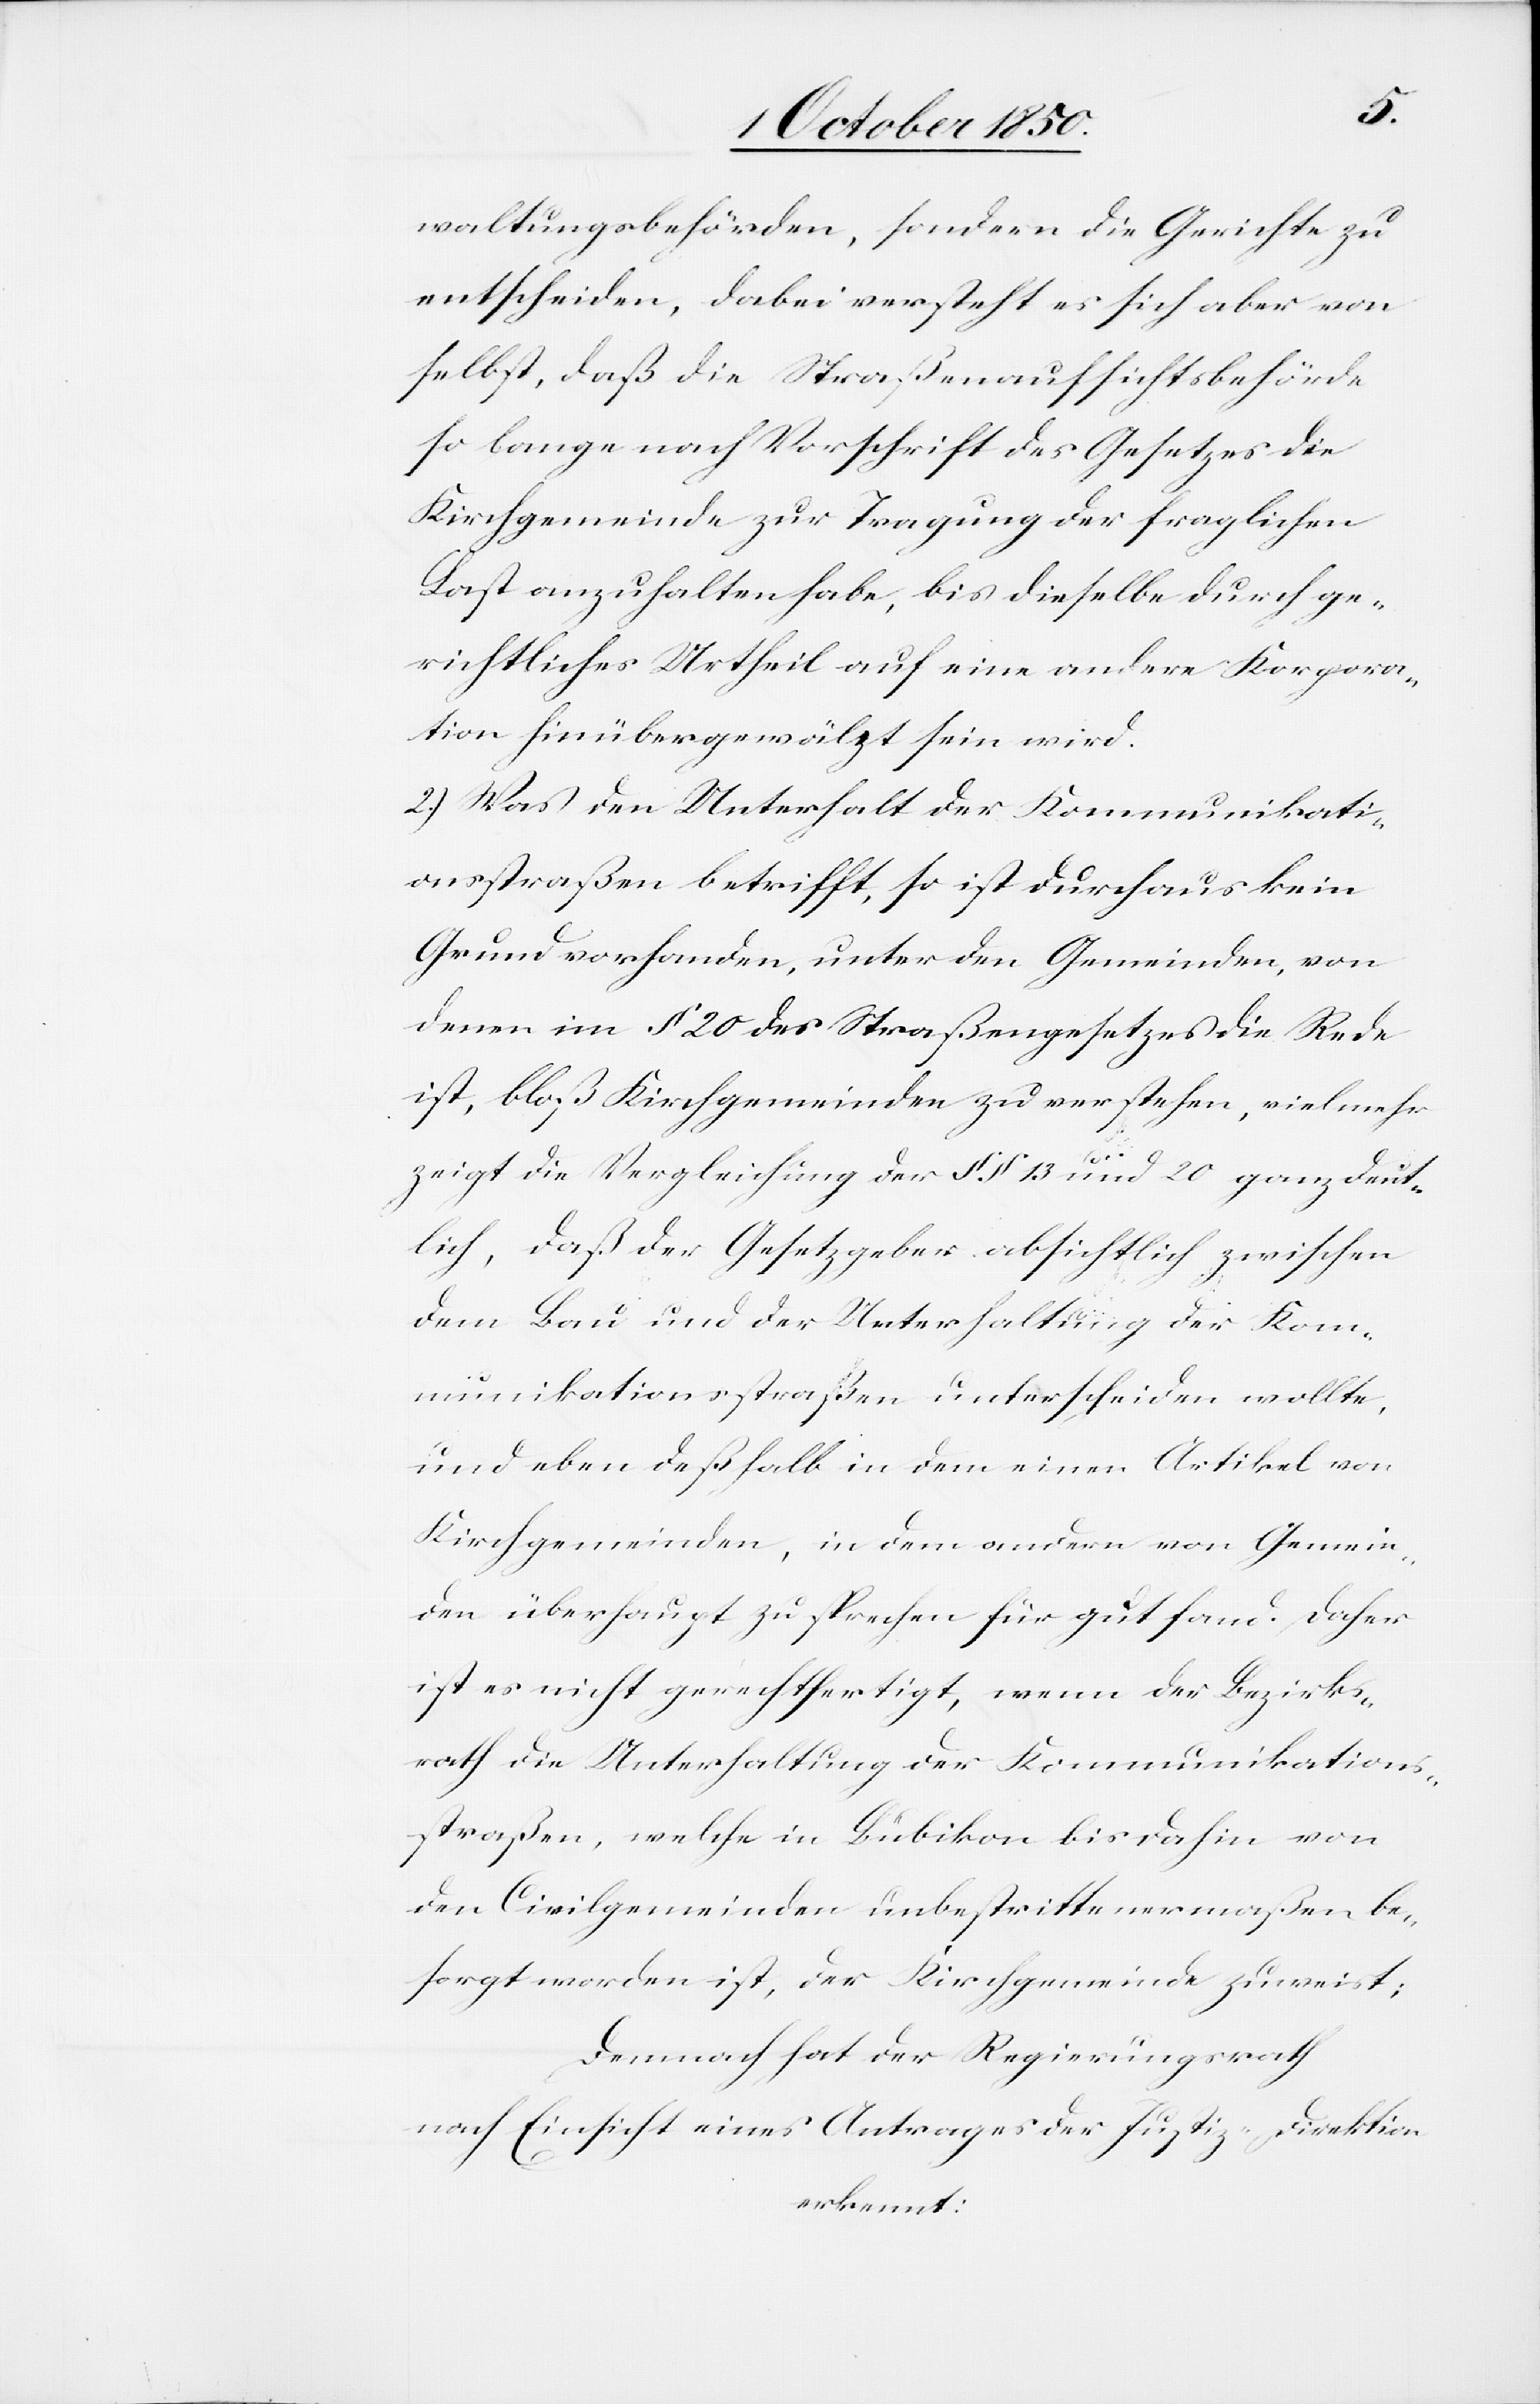
waltungsbehörden, sondern die Gerichte zu
entscheiden, dabei versteht es sich aber von
selbst, daß die Straßenaufsichtsbehörde
so lange nach Vorschrift des Gesetzes die
Kirchgemeinde zur Tragung der fraglichen
Last anzuhalten habe, bis dieselbe durch ge¬
richtliches Urtheil auf eine andere Korpora¬
tion hinübergewälzt sein wird.
2.) Was den Unterhalt der Kommunikati¬
onsstraßen betrifft, so ist durchaus kein
Grund vorhanden, unter den Gemeinden, von
denen im § 20 des Straßengesetzes die Rede
ist, bloß Kirchgemeinden zu verstehen, vielmehr
zeigt die Vergleichung der §. § 13 und 20 ganz deut¬
lich, daß der Gesetzgeber absichtlich zwischen
dem Bau und der Unterhaltung der Kom¬
munikationsstraßen unterscheiden wollte,
und eben deßhalb in dem einen Artikel von
Kirchgemeinden, in dem andern von Gemein¬
den überhaupt zu sprechen für gut fand. Daher
ist es nicht gerechtfertigt, wenn der Bezirks¬
rath die Unterhaltung der Kommunikations¬
straßen, welche in Bubikon bis dahin von
den Civilgemeinden unbestrittenermaßen be¬
sorgt worden ist, der Kirchgemeinde zuweist;
Demnach hat der Regierungsrath
nach Einsicht eines Antrages der Justiz-Direktion
erkennt: